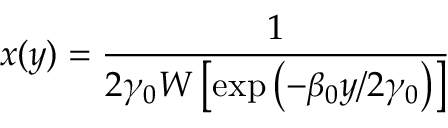
x ( y ) = \frac { 1 } { 2 \gamma _ { 0 } W \left[ \exp { \left( - \beta _ { 0 } y / 2 \gamma _ { 0 } \right) } \right] }